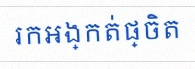
រកអង្កត់ផ្ចិត